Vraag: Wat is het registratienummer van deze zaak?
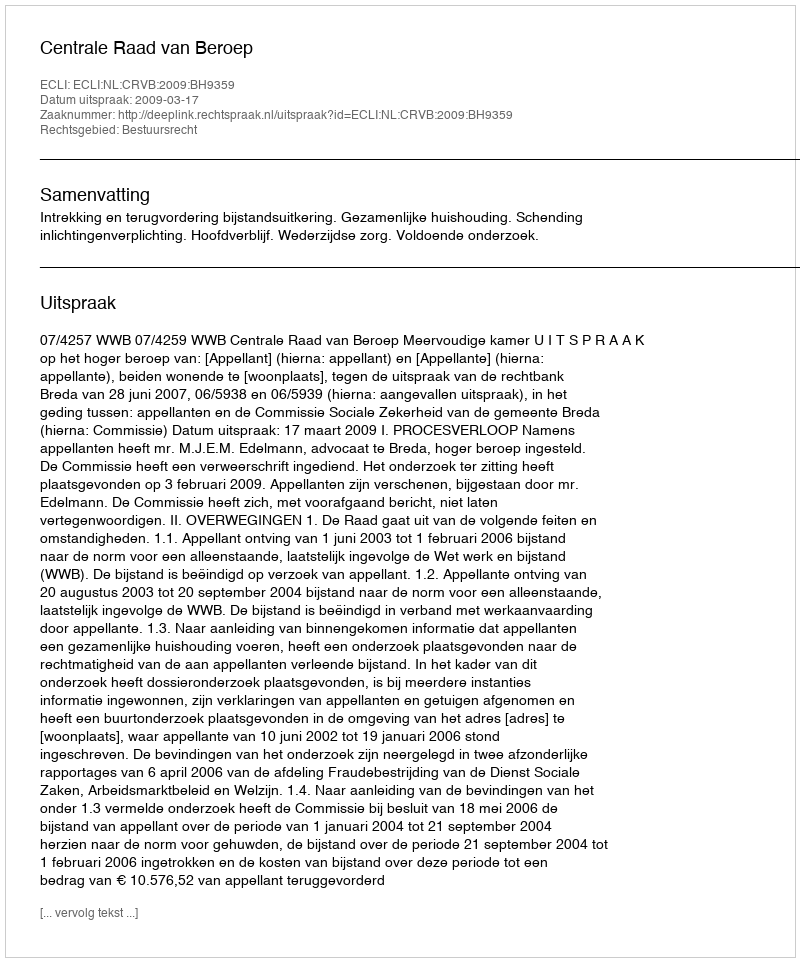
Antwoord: http://deeplink.rechtspraak.nl/uitspraak?id=ECLI:NL:CRVB:2009:BH9359